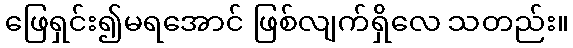
ဖြေရှင်း၍မရအောင် ဖြစ်လျက်ရှိလေ သတည်း။